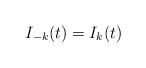
LaTeX: \begin{align*}I_{-k}(t) = I_k(t)\end{align*}